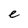
Character: e